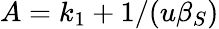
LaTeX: A=k_{1}+1/(u\beta_{S})